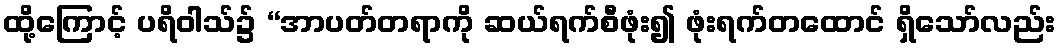
ထို့ကြောင့် ပရိဝါသ်၌ “အာပတ်တရာကို ဆယ်ရက်စီဖုံး၍ ဖုံးရက်တထောင် ရှိသော်လည်း